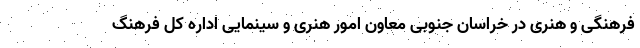
فرهنگی و هنری در خراسان جنوبی معاون امور هنری و سینمایی اداره کل فرهنگ